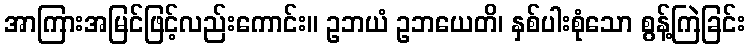
အာကြားအမြင်ဖြင့်လည်းကောင်း။ ဥဘယံ ဥဘယေတိ၊ နှစ်ပါးစုံသော စွန့်ကြဲခြင်း